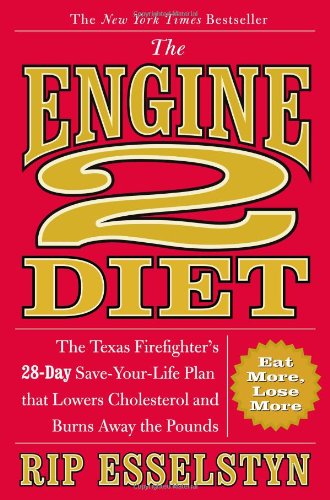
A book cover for The Engine 2 Diet: The Texas Firefighter's 28-Day Save-Your-Life Plan that Lowers Cholesterol and Burns Away the Pounds; Rip Esselstyn; Cookbooks, Food & Wine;